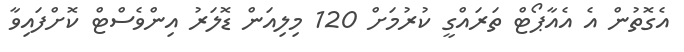
އެގޮތުން އެ އެއާޕޯޓް ތަރައްގީ ކުރުމަށް 120 މިލިއަން ޑޮލަރު އިންވެސްޓް ކޮށްފައިވާ